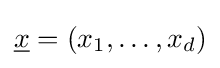
{\underline {x}}=(x_{1},\dots ,x_{d})